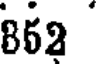
862